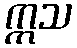
ဣသ